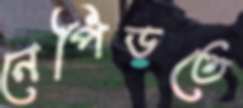
নেপিডতে